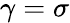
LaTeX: \gamma=\sigma